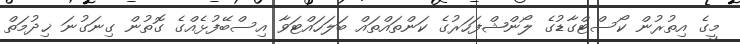
މީގެ އިތުރުން ކޯސްޓްގާޑުގެ ލޯންޝްފަހަރުގެ ކަންތައްތައް ބަލަހައްޓަވާ އިސްބޭފުޅެއްގެ ގޮތުން ގިނަގުނަ ޚިދުމަތް